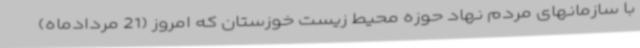
با سازمانهای مردم نهاد حوزه محیط زیست خوزستان که امروز (21 مردادماه)